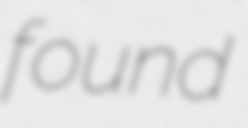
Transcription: found